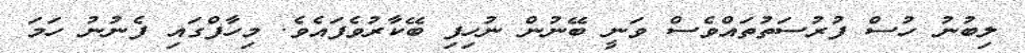
ލިބުނު ހުސް ފުރުސަތުތައްވެސް ވަނީ ބޭނުން ނުހިފި ބޭކާރުވެފައެވެ. މިހާފްގައި ފެނުނު ހަމަ